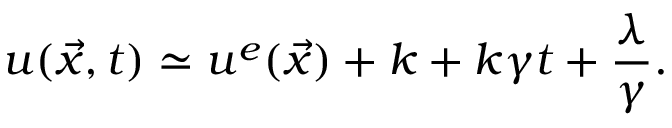
u ( \vec { x } , t ) \simeq u ^ { e } ( \vec { x } ) + k + k \gamma t + \frac { \lambda } { \gamma } .